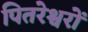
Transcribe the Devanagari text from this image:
पितरेश्वरों